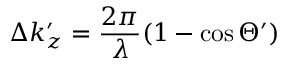
\Delta k _ { z } ^ { \prime } = \frac { 2 \pi } { \lambda } ( 1 - \cos \Theta ^ { \prime } )